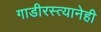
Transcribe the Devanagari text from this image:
गाडीरस्त्यानेही